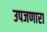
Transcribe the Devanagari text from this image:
उपजणारा